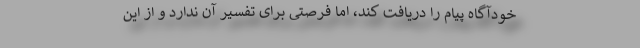
خودآگاه پیام را دریافت کند، اما فرصتی برای تفسیر آن ندارد و از این